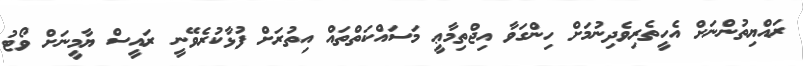
ރައްޔިތުންނަށް އެހީތެރިވެދިނުމަށް ހިންގަވާ އިޖްތިމާޢީ މަސައްކަތްތައް އިތުރަށް ފުޅާކުރެވޭނީ ރައީސް ޔާމީނަށް ވޯޓު